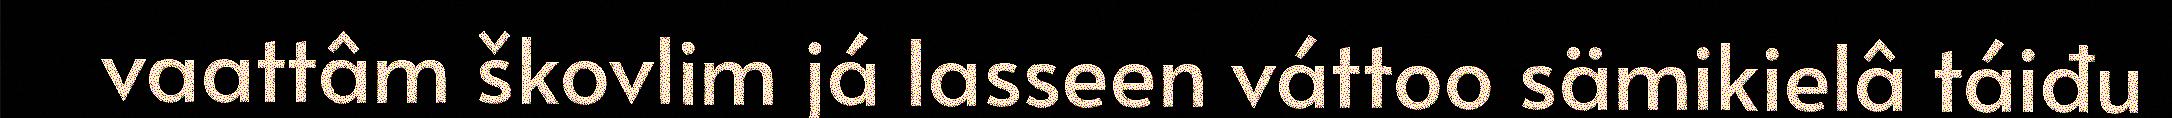
vaattâm škovlim já lasseen váttoo sämikielâ táiđu